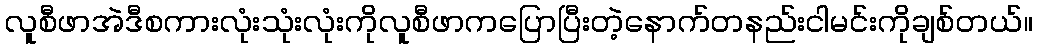
လူစီဖာအဲဒီစကားလုံးသုံးလုံးကိုလူစီဖာကပြောပြီးတဲ့နောက်တနည်းငါမင်းကိုချစ်တယ်။